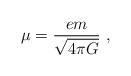
LaTeX: \begin{align*}\mu=\frac{em}{\sqrt{4\pi G}} \ , \end{align*}